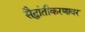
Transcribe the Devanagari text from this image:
सैद्धांतीकरणावर